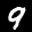
Label: 9